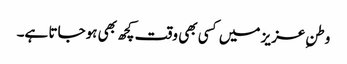
وطنِ عزیز میں کسی بھی وقت کچھ بھی ہوجاتا ہے۔